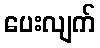
ပေးလျက်